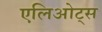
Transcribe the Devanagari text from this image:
एलिओट्स